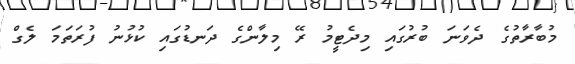
މުބާރާތުގެ ދެވަނަ ބުރުގައި މިދެޓީމު ރޭ މިލާންގެ ދަނޑުގައި ކުޅުނު ފުރަތަމަ ލެގް